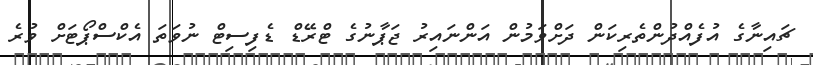
ޗައިނާގެ އުފެއްދުންތެރިކަން ދަށްވަމުން އަންނައިރު ޖަޕާނުގެ ޓްރޭޑް ޑެފިސިޓް ނުވަތަ އެކްސްޕޯޓަށް ވުރެ